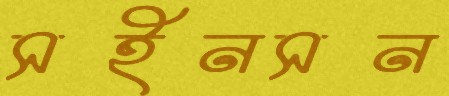
সইনসন